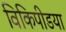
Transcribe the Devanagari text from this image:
विकिपीडया